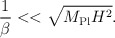
\begin{align*}{1 \over \beta} << \sqrt{M_{\rm Pl} H^2}.\end{align*}